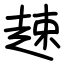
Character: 趚